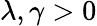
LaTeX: \lambda,\gamma>0